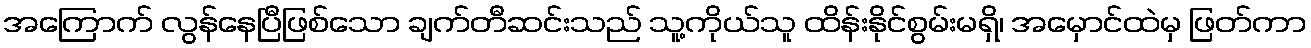
အကြောက် လွန်နေပြီဖြစ်သော ချက်တီဆင်းသည် သူ့ကိုယ်သူ ထိန်းနိုင်စွမ်းမရှိ၊ အမှောင်ထဲမှ ဖြတ်ကာ